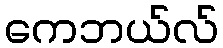
ကေဘယ်လ်